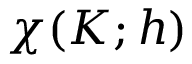
\chi ( K ; h )